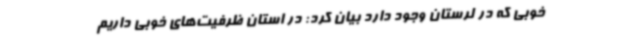
خوبی که در لرستان وجود دارد بیان کرد: در استان ظرفیت‌های خوبی داریم